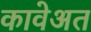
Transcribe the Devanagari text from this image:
कावेअत